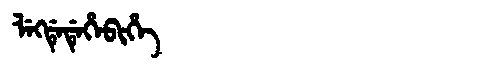
Manchu: ᠯᡝᡴᡩᡝᡩᡝᡥᡝᠪᡳᡥᡝ
Romanization: LEKDEDEHEBIHE